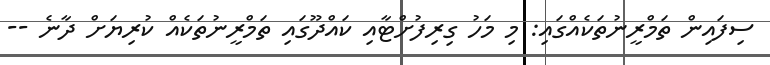
ސިފައިން ތަމްރީނުތަކެއްގައި: މި މަހު ގިރިފުށްޓާއި ކައްދޫގައި ތަމްރީނުތަކެއް ކުރިޔަށް ދާނެ --